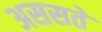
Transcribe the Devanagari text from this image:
अससते